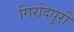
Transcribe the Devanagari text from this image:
गिरोदपुरी